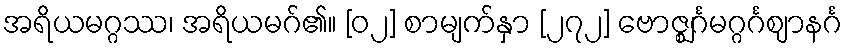
အရိယမဂ္ဂဿ၊ အရိယမဂ်၏။ [၀၂] စာမျက်နှာ [၂၇၂] ဗောဇ္ဈင်္ဂမဂ္ဂင်္ဂဈာနင်္ဂ